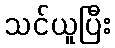
သင်ယူပြီး